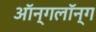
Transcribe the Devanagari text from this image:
ऑन्गलॉन्ग